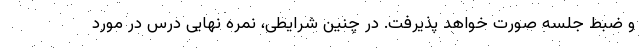
و ضبط جلسه صورت خواهد پذیرفت. در چنین شرایطی، نمره نهایی درس در مورد